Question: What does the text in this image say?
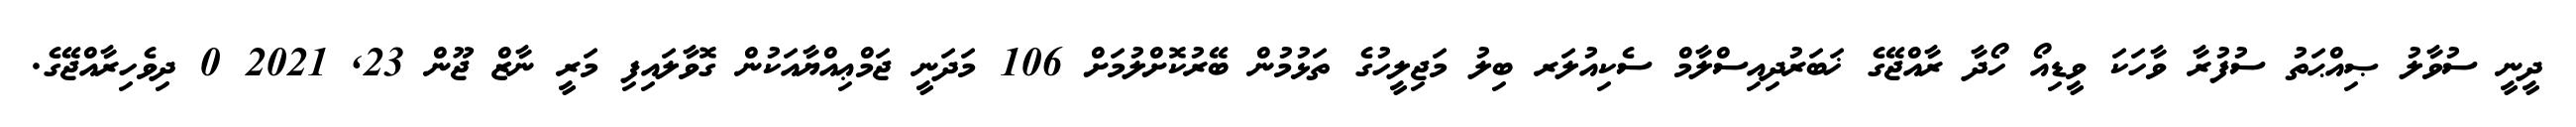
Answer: ދީނީ ސުވާލު ޞިއްޙަތު ސުފުރާ ވާހަކަ ވީޑިއޯ ހޯދާ ރާއްޖޭގެ ޚަބަރުދިއިސްލާމް ސެކިއުލަރ ބިލު މަޖިލީހުގެ ތަޅުމުން ބޭރުކޮށްލުމަށް 106 މަދަނީ ޖަމްޢިއްޔާއަކުން ގޮވާލައިފި މަރީ ނާޒް ޖޫން 23, 2021 0 ދިވެހިރާއްޖޭގެ.